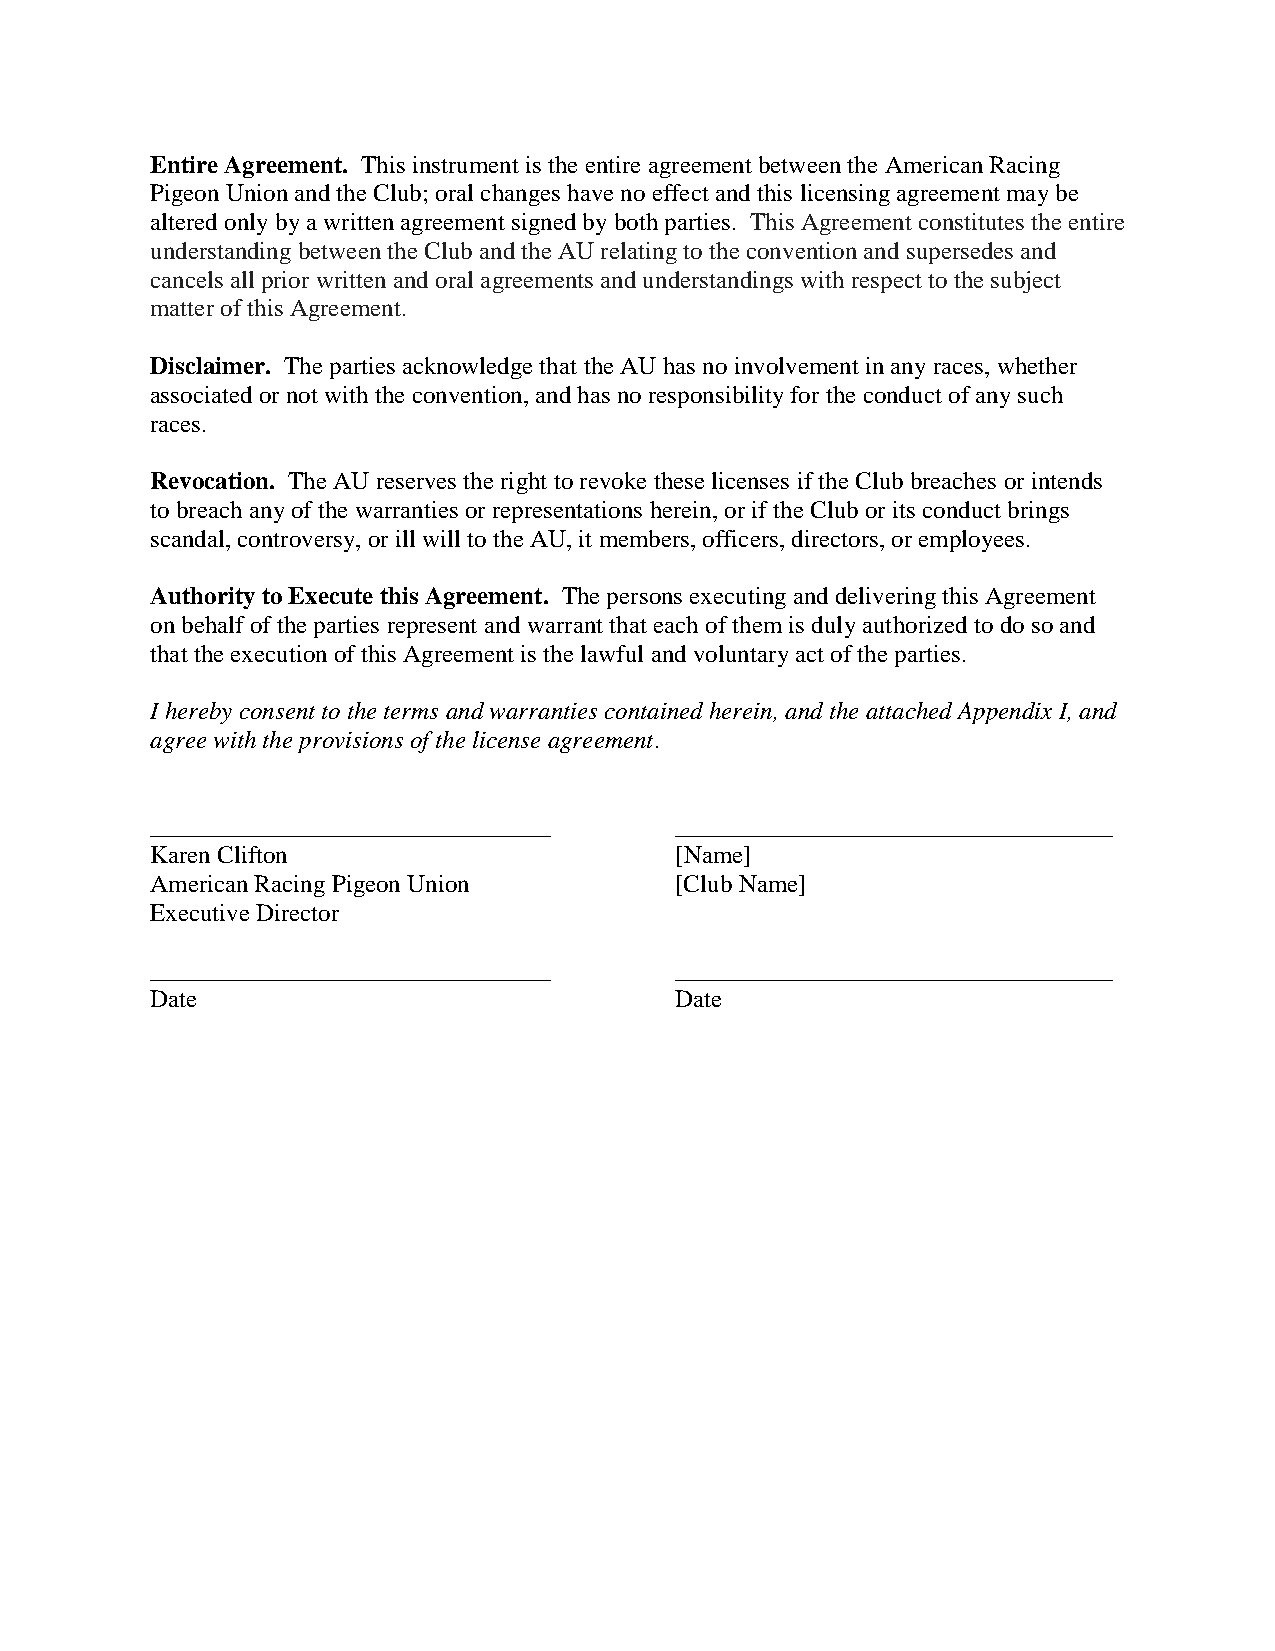
Entire Agreement. This instrument is the entire agreement between the American Racing
 Pigeon Union and the Club; oral changes have no effect and this licensing agreement may be
 altered only by a written agreement signed by both parties. This Agreement constitutes the entire
 understanding between the Club and the AU relating to the convention and supersedes and
 cancels all prior written and oral agreements and understandings with respect to the subject
 matter of this Agreement.
 Disclaimer. The parties acknowledge that the AU has no involvement in any races, whether
 associated or not with the convention, and has no responsibility for the conduct of any such
 races.
 Revocation. The AU reserves the right to revoke these licenses if the Club breaches or intends
 to breach any of the warranties or representations herein, or if the Club or its conduct brings
 scandal, controversy, or ill will to the AU, it members, officers, directors, or employees.
 Authority to Execute this Agreement. The persons executing and delivering this Agreement
 on behalf of the parties represent and warrant that each of them is duly authorized to do so and
 that the execution of this Agreement is the lawful and voluntary act of the parties.
 I hereby consent to the terms and warranties contained herein, and the attached Appendix I, and
 agree with the provisions of the license agreement.
 ________________________________   ___________________________________
 Karen Clifton                      [Name]
 American Racing Pigeon Union       [Club Name]
 Executive Director
 ________________________________   ___________________________________
 Date                               Date